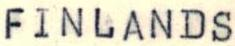
FINLANDS